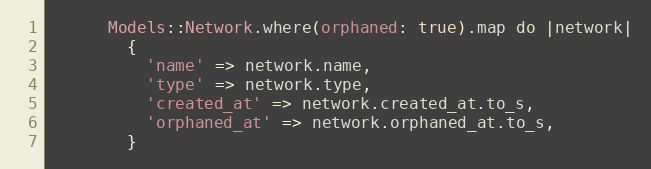
Language: Ruby
      Models::Network.where(orphaned: true).map do |network|
        {
          'name' => network.name,
          'type' => network.type,
          'created_at' => network.created_at.to_s,
          'orphaned_at' => network.orphaned_at.to_s,
        }